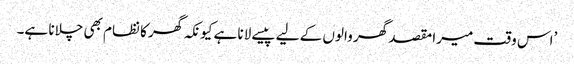
’اس وقت میرا مقصد گھر والوں کے لیے پیسے لانا ہے کیونکہ گھر کا نظام بھی چلانا ہے۔